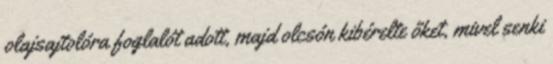
olajsajtolóra foglalót adott, majd olcsón kibérelte őket, mivel senki